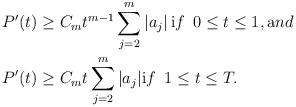
LaTeX: \begin{align*}& P'(t) \ge C_m t^{m-1} \sum_{j=2}^m |a_j| \, {\text if} \,\,\, 0\le t \le 1, {\text and}\\& P'(t) \ge C_m t \sum_{j=2}^m |a_j| {\text if} \,\,\, 1\le t \le T.\\\end{align*}